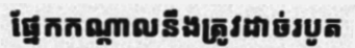
ផ្នែកកណ្តាលនឹងត្រូវដាច់របូត